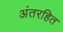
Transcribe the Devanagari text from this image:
अंतरहित